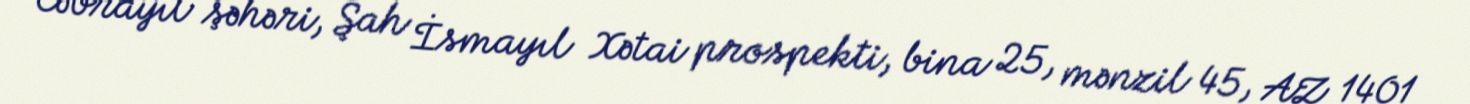
Cəbrayıl şəhəri, Şah İsmayıl Xətai prospekti, bina 25, mənzil 45, AZ 1401